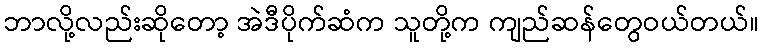
ဘာလို့လည်းဆိုတော့ အဲဒီပိုက်ဆံက သူတို့က ကျည်ဆန်တွေဝယ်တယ်။